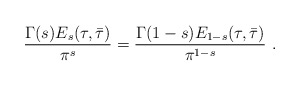
\begin{align*}\frac{\Gamma(s) E_s(\tau,\bar\tau)}{\pi ^s}=\frac{\Gamma(1-s) E_{1-s}(\tau,\bar\tau)}{\pi ^{1-s}}\ .\end{align*}